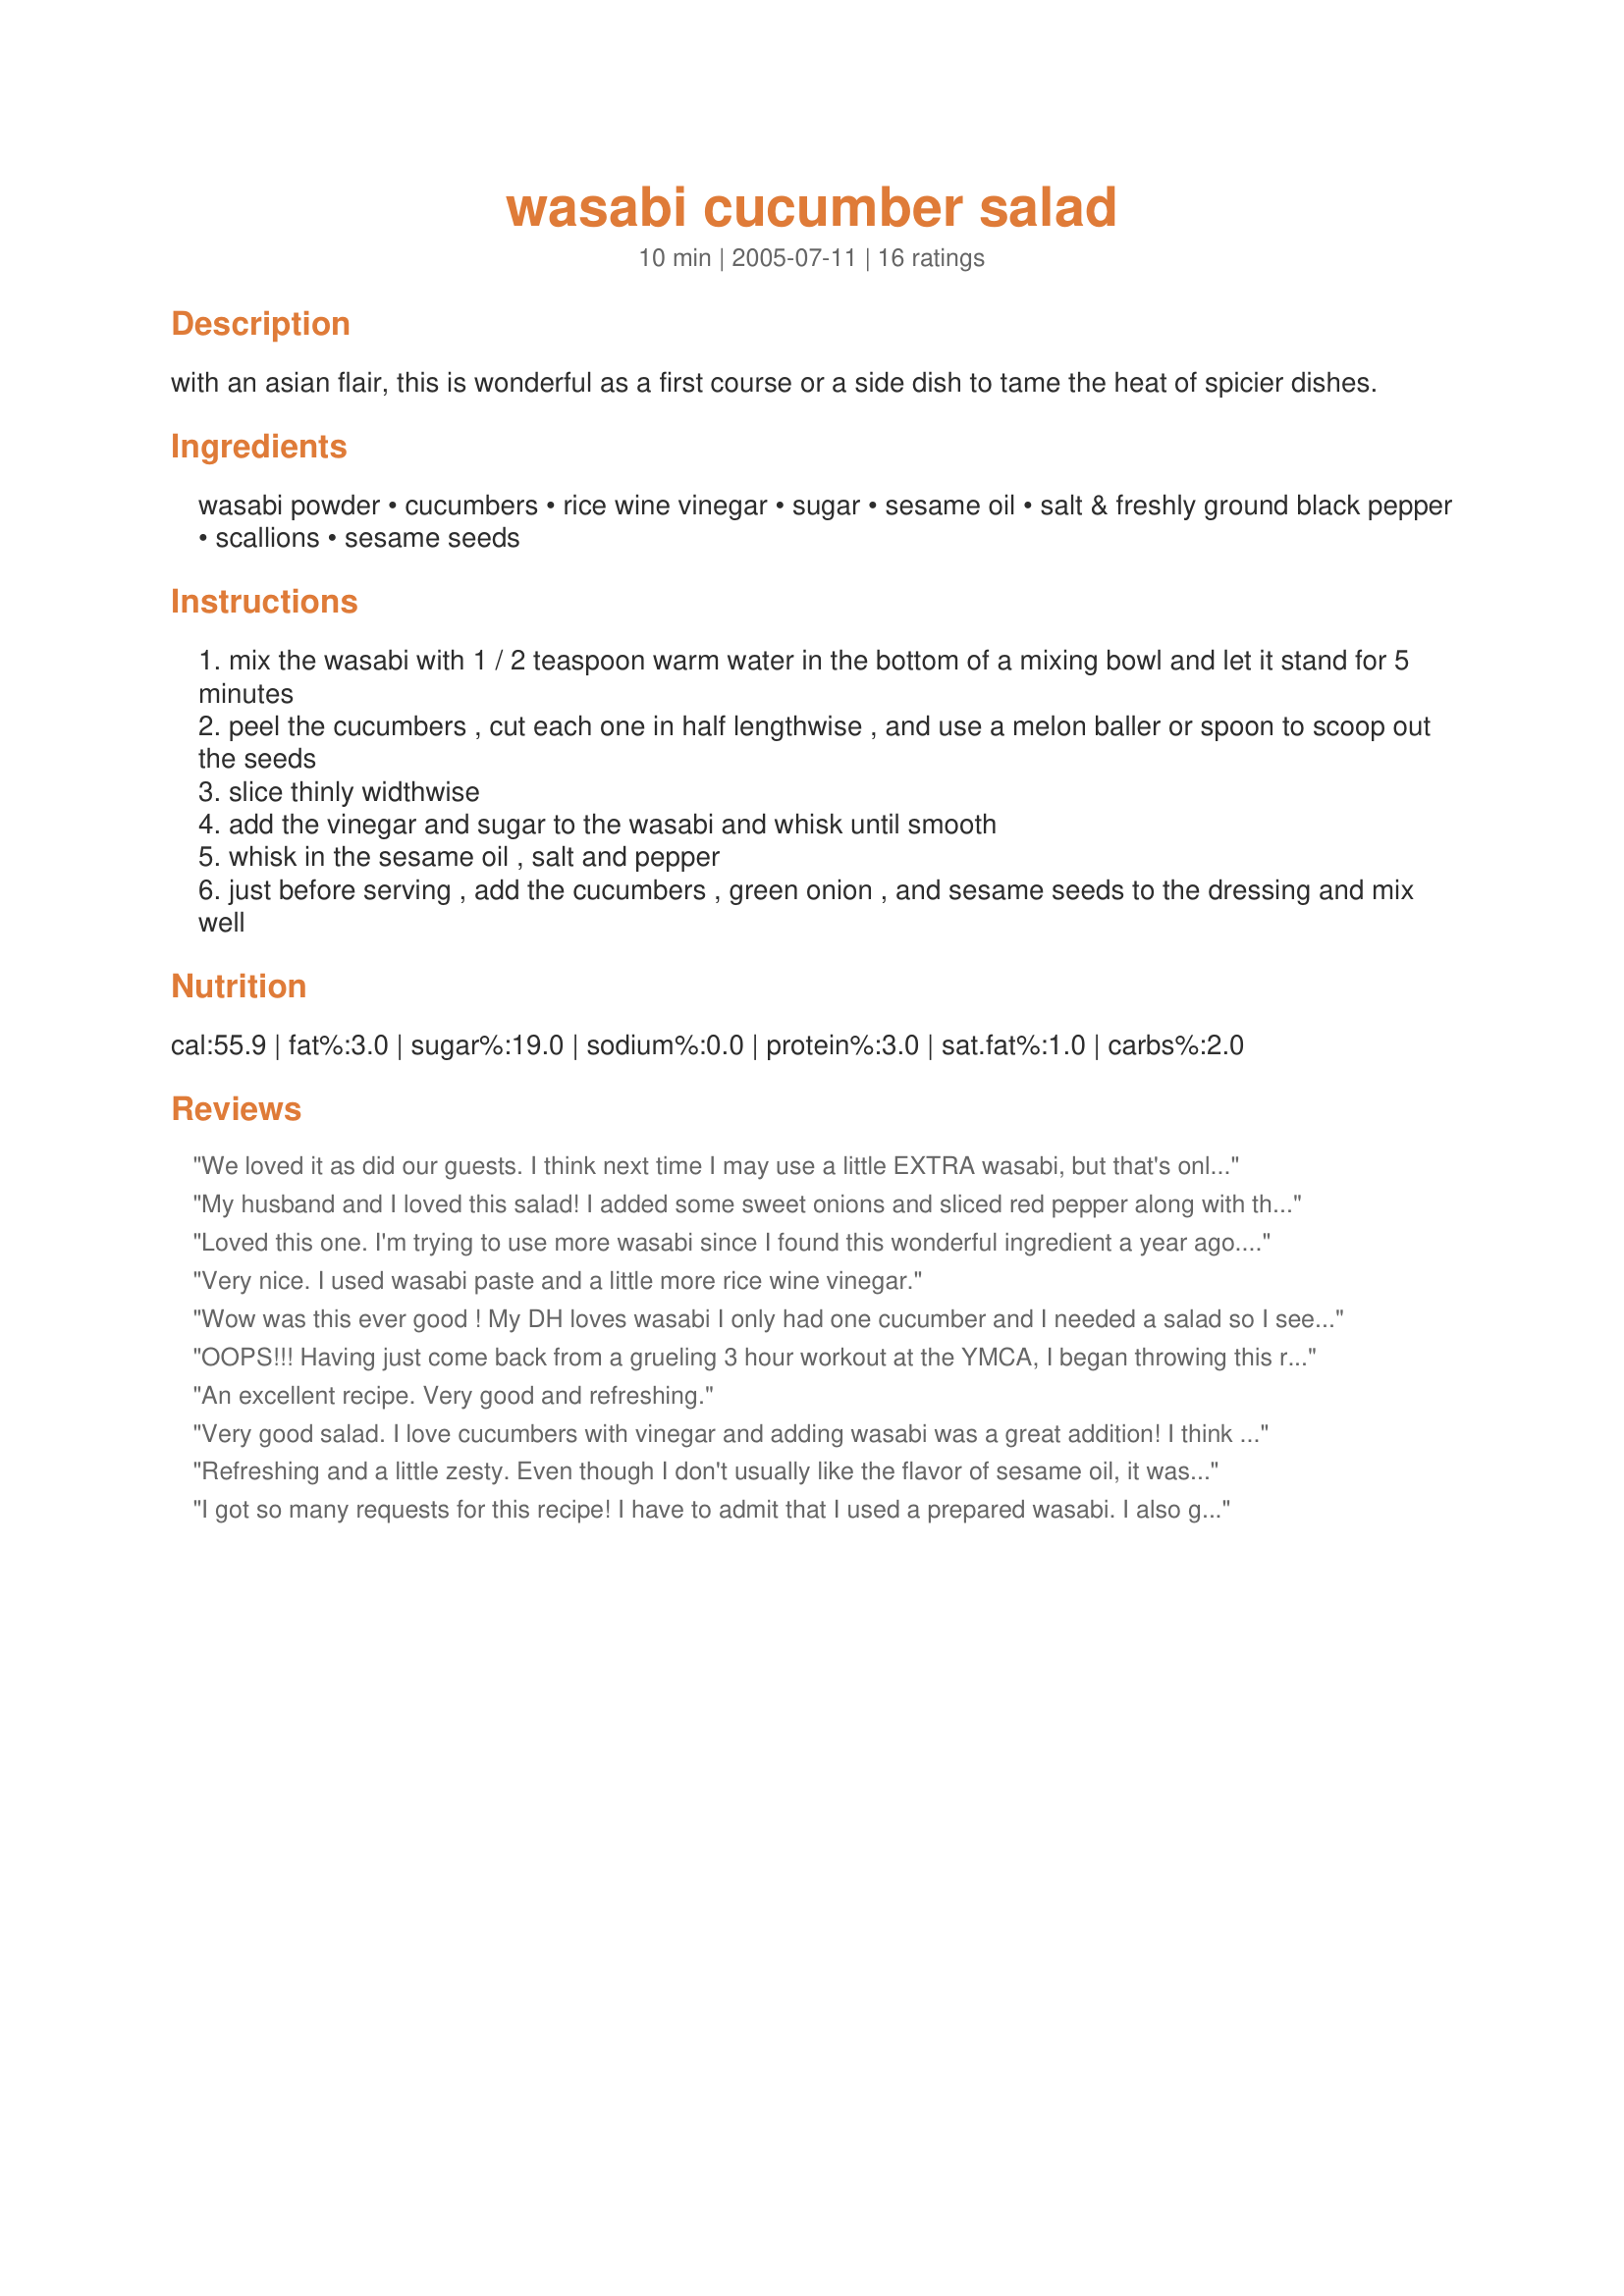
wasabi cucumber salad
Preparation time: 10 minutes

with an asian flair, this is wonderful as a first course or a side dish to tame the heat of spicier dishes.

Ingredients:
wasabi powder, cucumbers, rice wine vinegar, sugar, sesame oil, salt & freshly ground black pepper, scallions, sesame seeds

Steps:
mix the wasabi with 1 / 2 teaspoon warm water in the bottom of a mixing bowl and let it stand for 5 minutes
peel the cucumbers , cut each one in half lengthwise , and use a melon baller or spoon to scoop out the seeds
slice thinly widthwise
add the vinegar and sugar to the wasabi and whisk until smooth
whisk in the sesame oil , salt and pepper
just before serving , add the cucumbers , green onion , and sesame seeds to the dressing and mix well

Reviews:
We loved it as did our guests. I think next time I may use a little EXTRA wasabi, but that's only because my hubby likes it good and strong!
My husband and I loved this salad! I added some sweet onions and sliced red pepper along with the given ingredients. Will be making it again...we had it along with my Asian Grilled Tuna and my DH wants me to make the salad again and add the leftover tuna with it for lunch. Thank you Chia!
Loved this one. I'm trying to use more wasabi since I found this wonderful ingredient a year ago. Thanks for posting this one which I'll make again!
Very nice. I used wasabi paste and a little more rice wine vinegar.
Wow was this ever good ! My DH loves wasabi I only had one cucumber and I needed a salad so I seeded a tomato, sliced it thin and cut it into smaller pieces before adding. I also subbed 1/2 of yellow onion for the scallions. It was a really good dressing and next time I will up the wasabi as well because hubby likes it strong. It's a keeper. Thanks!
OOPS!!! Having just come back from a grueling 3 hour workout at the YMCA, I began throwing this recipe together to go with leftover brisket from this past Memorial Day Weekend. The key words here are: grueling workout & throwing. I was waaay too tired to try a new recipe. I wanted to triple the recipe & so should have used 4.5 TEASPOONS of Wasabi powder. Er, uh, hmmm would you believe 4.5 TABLESPOONS of Wasabi??? By the time I had the liquid mixed I realized I needed a great deal more veggies & began adding whatever I could find in the refrigerator. Orange & yellow bell pepper look terrific in this salad. More green onion? You bet! How about a Mexican jicama? Yep. Carrots? I have a suspicion that many other things would go well with this. Maybe frozen green peas? I may add that tonight. Needless to say, I have a HUGE salad. ROFL!!! And to top it all off, this stuff is TERRIFIC!!! Chia-girl, what a marvelous recipe. Thanks for posting it. I will make it again & again. Just in smaller quantities!!! 5 stars for the recipe. 1 star for the tired cook 8-P!!!
An excellent recipe. Very good and refreshing.
Very good salad. I love cucumbers with vinegar and adding wasabi was a great addition! I think the sesame oil was a little too much (but maybe that's just my taste) so next time I'm going to make it without any and see how it is. Thanks for a yummy side dish!
Refreshing and a little zesty. Even though I don't usually like the flavor of sesame oil, it was the perfect addition to this salad.
I got so many requests for this recipe! I have to admit that I used a prepared wasabi. I also grated the cucumbers and added some grated carrot for color. Skipped the sesame seeds because I forgot to buy them! We really loved this dressing.
Great! I used toasted sesame oil, which added more flavor. I will be making this again.
Loved this! The wasabi is subtle, my kids ate without complaint. This one is definitely a keeper! Thank you for posting.
We loved the sesame oil, it gave a very nice nutty flavour and the wasabi powder was a tasty addition to the cumcumber. We will be making them again, very refreshing, thanks chia!
Very nice, I cut the sesame oil in half (I thought it was fine with that amount and feared much more would be overpowering) and added just a splash of low sodium soy sauce. I just love a summer salad (so flavorful, btw) that won't spoil in the summer heat like a mayo based salad will. Thanks for sharing!
This was yummy. Refreshing, and good. Loved the addition of the wasabi. I will be making this throughout the summer. Thank you.
Mage this tonight to go with some grilled teriyaki pork chops and sesame noodles. It was delicious. I am going to make another serving of dressing and add some slivered red peppers. (Used Spenda instead of sugar but the taste was devine!!!)
